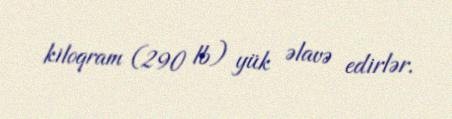
kiloqram (290 lb) yük əlavə edirlər.